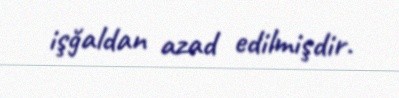
işğaldan azad edilmişdir.